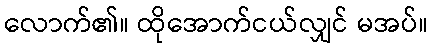
လောက်၏။ ထိုအောက်ငယ်လျှင် မအပ်။